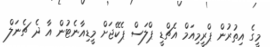
މީގެ އިތުރުން ޕްރީމިއަމް އެޗްޑީ ޕްލަސް ޕެކޭޖަށް މީޑިއާނެޓުން އާ ދެ ޗެނަލް